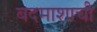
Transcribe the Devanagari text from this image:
बदमाशाची